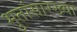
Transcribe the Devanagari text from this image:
भुतांसारख्या